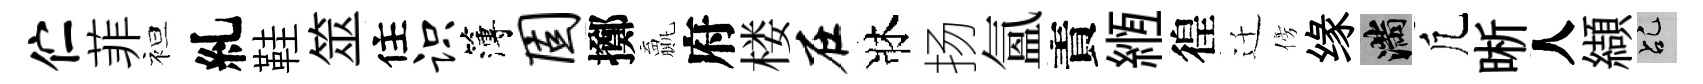
伫菲袒糺鞋筮住识簿固擲贏府楼在牀扬氳責縆徨迁傍缘滿凢晰人纈乩